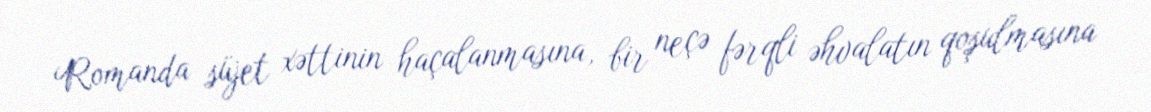
Romanda süjet xəttinin haçalanmasına, bir neçə fərqli əhvalatın qoşulmasına